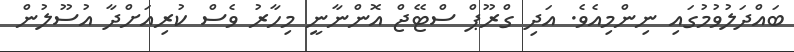
ބައްދަލުވުމުގައި ނިންމިއެވެ. އަދި ގްރޫޕް ސްޓޭޖް އޮންނާނީ މިހާރު ވެސް ކުރިއަށްދާ އުސޫލުން